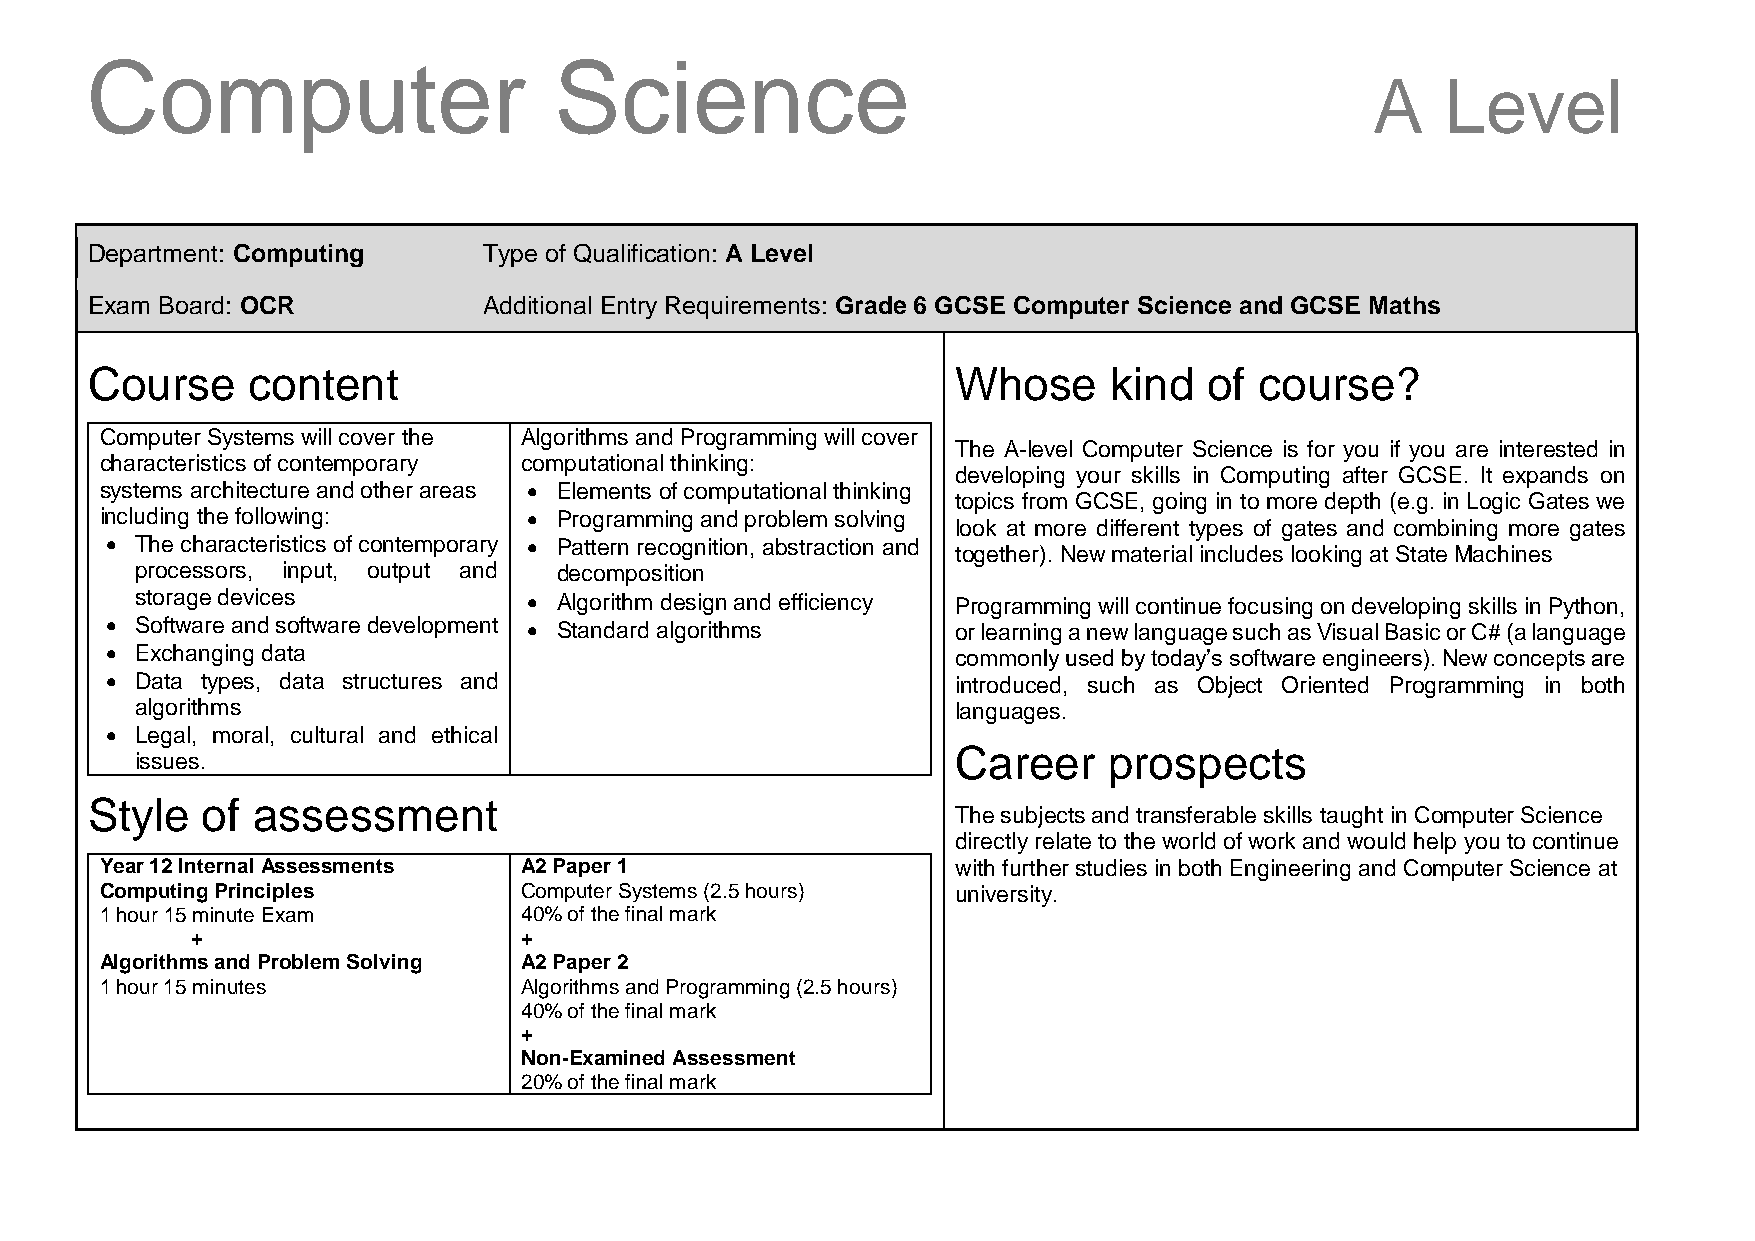
Computer                       Science
 A    Level
 Department: Computing     Type of Qualification: A Level
 Exam Board: OCR           Additional Entry Requirements: Grade 6 GCSE Computer Science and GCSE Maths
 Course    content                                        Whose      kind  of course?
 Computer Systems will cover the Algorithms and Programming will cover
 The A-level Computer Science is for you if you are interested in
 characteristics of contemporary computational thinking:
 developing your skills in Computing after GCSE. It expands on
 systems architecture and other areas  Elements of computational thinking
 topics from GCSE, going in to more depth (e.g. in Logic Gates we
 including the following:     Programming and problem solving
 look at more different types of gates and combining more gates
  The characteristics of contemporary  Pattern recognition, abstraction and
 together). New material includes looking at State Machines
 processors, input, output and decomposition
 storage devices            Algorithm design and efficiency Programming will continue focusing on developing skills in Python,
  Software and software development  Standard algorithms or learning a new language such as Visual Basic or C# (a language
  Exchanging data                                       commonly used by today’s software engineers). New concepts are
  Data types, data structures and                       introduced, such as Object Oriented Programming in both
 algorithms                                            languages.
  Legal, moral, cultural and ethical
 Career    prospects
 issues.
 Style  of  assessment
 The subjects and transferable skills taught in Computer Science
 directly relate to the world of work and would help you to continue
 Year 12 Internal Assessments A2 Paper 1                 with further studies in both Engineering and Computer Science at
 Computing Principles       Computer Systems (2.5 hours) university.
 1 hour 15 minute Exam      40% of the final mark Business 1
 + Paper 2: Business 2 +
 Algorithms and Problem Solving A2 Paper 2
 1 hour 15 minutes          Algorithms and Programming (2.5 hours)
 40% of the final mark
 +
 Non-Examined Assessment
 20% of the final mark